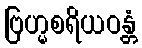
ဗြဟ္မစရိယဝန္တံ